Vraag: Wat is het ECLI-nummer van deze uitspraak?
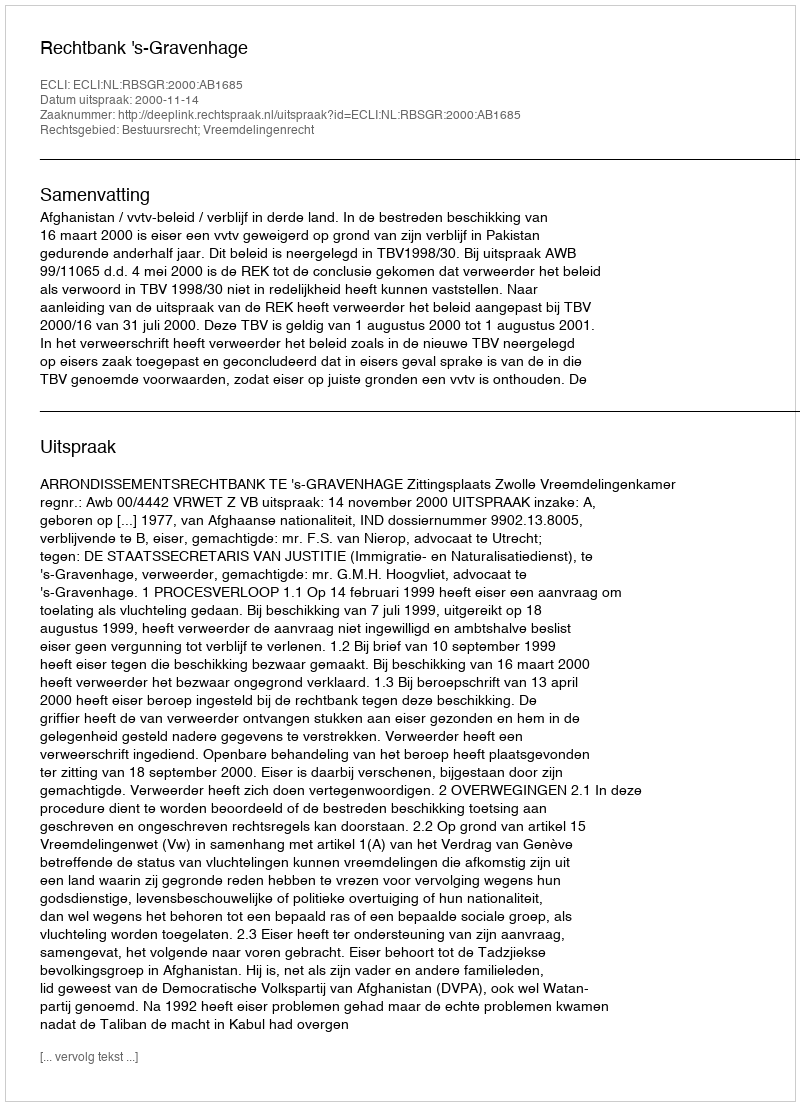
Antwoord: ECLI:NL:RBSGR:2000:AB1685